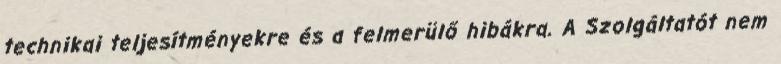
technikai teljesítményekre és a felmerülő hibákra. A Szolgáltatót nem